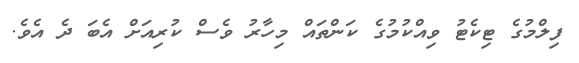
ފިލްމުގެ ޓިކެޓު ވިއްކުމުގެ ކަންތައް މިހާރު ވެސް ކުރިއަށް އެބަ ދެ އެވެ.